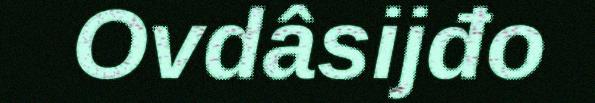
Ovdâsijđo